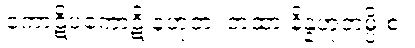
ကောဋိပကောဋိ နဟုတံ၊ တထာ နိန္နဟုတမ္ပိ စ။